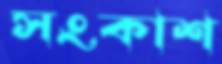
সংকাশ